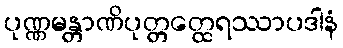
ပုဏ္ဏမန္တာဏိပုတ္တတ္ထေရဿာပဒါနံ